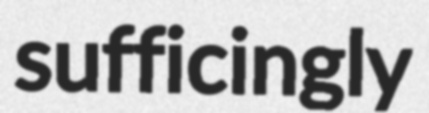
sufficingly